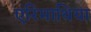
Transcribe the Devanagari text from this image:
एरिमाथिया